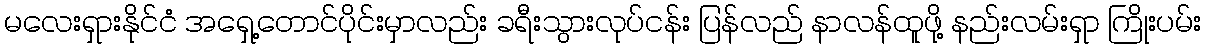
မလေးရှားနိုင်ငံ အရှေ့တောင်ပိုင်းမှာလည်း ခရီးသွားလုပ်ငန်း ပြန်လည် နာလန်ထူဖို့ နည်းလမ်းရှာ ကြိုးပမ်း